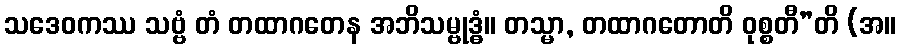
သဒေဝကဿ သဗ္ဗံ တံ တထာဂတေန အဘိသမ္ဗုဒ္ဓံ။ တသ္မာ, တထာဂတောတိ ဝုစ္စတီ”တိ (အ။